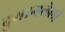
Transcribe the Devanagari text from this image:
दुभागलेली